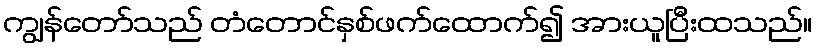
ကျွန်တော်သည် တံတောင်နှစ်ဖက်ထောက်၍ အားယူပြီးထသည်။